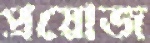
প্রয়োজ